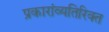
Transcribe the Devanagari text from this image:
प्रकारांव्यतिरिक्त